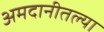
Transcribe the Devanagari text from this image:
अमदानीतल्या